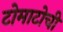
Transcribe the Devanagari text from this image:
टोमाटोची